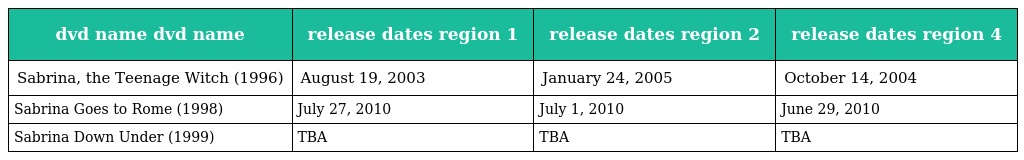
| dvd name dvd name | release dates region 1 | release dates region 2 | release dates region 4 |
 | --- | --- | --- | --- |
 | Sabrina, the Teenage Witch (1996) | August 19, 2003 | January 24, 2005 | October 14, 2004 |
 | Sabrina Goes to Rome (1998) | July 27, 2010 | July 1, 2010 | June 29, 2010 |
 | Sabrina Down Under (1999) | TBA | TBA | TBA |